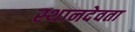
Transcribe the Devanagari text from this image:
स्थानदेवता